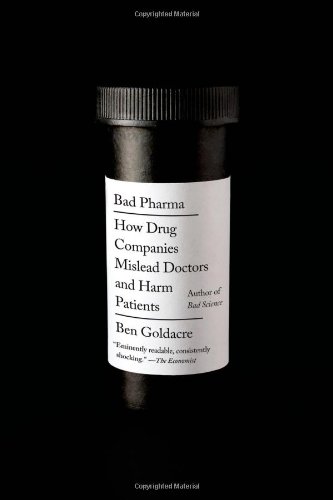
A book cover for Bad Pharma: How Drug Companies Mislead Doctors and Harm Patients; Ben Goldacre; Medical Books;